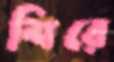
শিরে